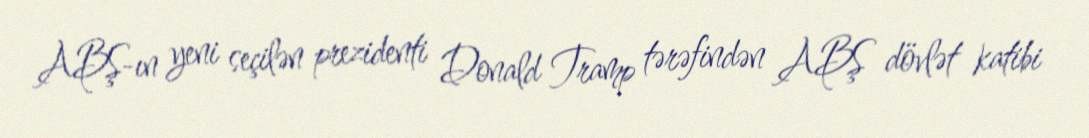
ABŞ-ın yeni seçilən prezidenti Donald Tramp tərəfindən ABŞ dövlət katibi